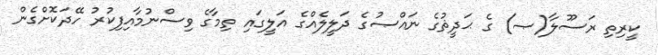
ކީރިތި ރަސޫލާ(ޞ) ގެ ޙަދީޘުގެ ނައްޞުގެ ދަލީލެއްގެ އަލީގައި ތިމާގެ ވިސްނުމާއިފިކުރު ހޭދަކޮށްގެން